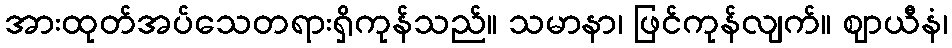
အားထုတ်အပ်သေတရားရှိကုန်သည်။ သမာနာ၊ ဖြင်ကုန်လျက်။ ဈာယီနံ၊